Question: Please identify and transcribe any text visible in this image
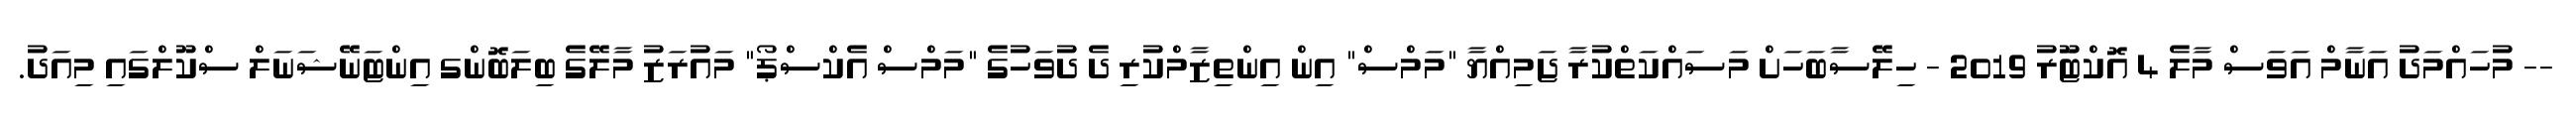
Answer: -- މުހައްމަދު އަނާމް އަވަސް މާލެ 4 އޮކްޓޫަރު 2019 - ހިލޭސާބަހަށް މަސައްކަތްކުރާ ޖަމިއްޔާ "މަމްސް" އިން އިންތިޒާމްކުރި ދެ ދުވަހުގެ "މަމްސް އެކްސްޕޯ" މައުރަޒު މާލޭގެ ބިލަބޮންގ އިންޓަނޭޝަނަލް ސްކޫލްގައި މިއަދު.